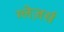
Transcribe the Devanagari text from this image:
ग्लेज़र्स